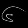
Digit: ၆